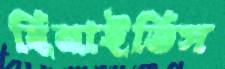
ছিনাইতিস